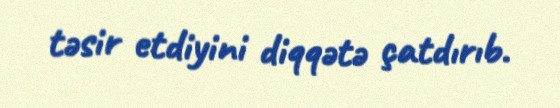
təsir etdiyini diqqətə çatdırıb.